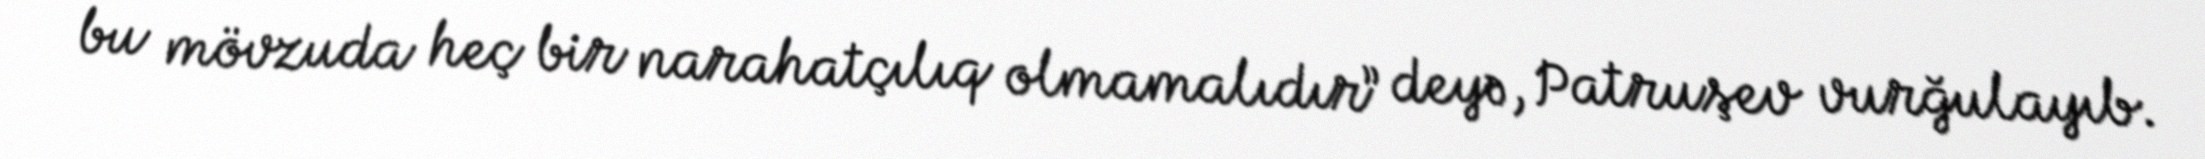
bu mövzuda heç bir narahatçılıq olmamalıdır” deyə, Patruşev vurğulayıb.